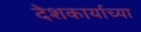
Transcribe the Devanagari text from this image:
देशकार्याच्या